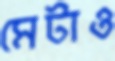
মেটাও